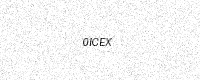
Text: 0ICEX